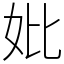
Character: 妣